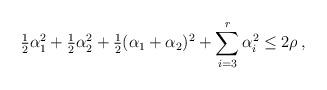
LaTeX: \begin{align*}\tfrac12 \alpha_1^2+\tfrac12 \alpha_2^2 +\tfrac 12(\alpha_1+\alpha_2)^2+\sum_{i=3}^{r}\alpha_i^2\le 2\rho\,,\end{align*}